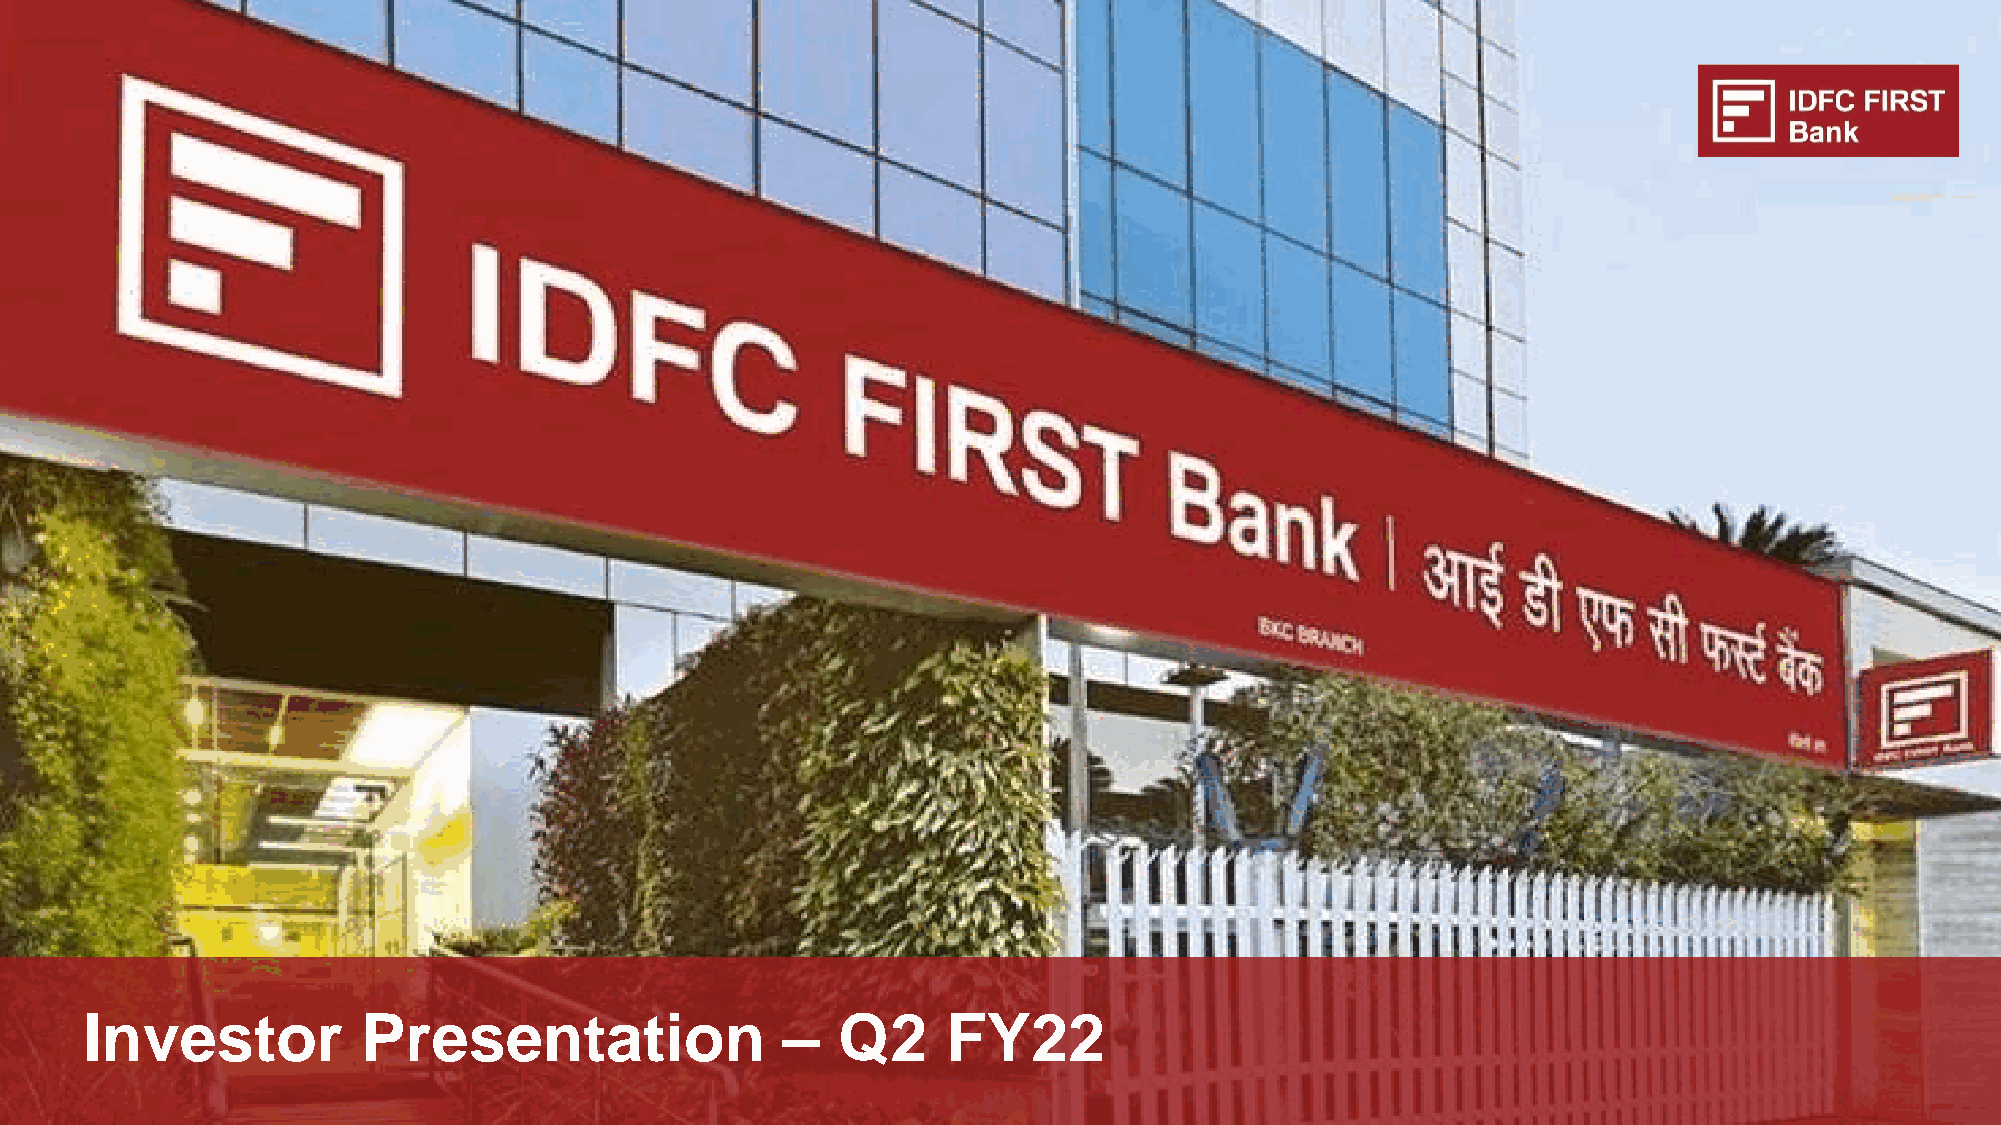
Investor          Presentation                –  Q2      FY22